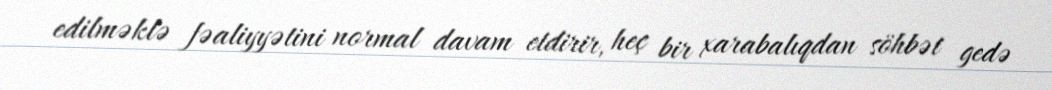
edilməklə fəaliyyətini normal davam etdirir, heç bir xarabalıqdan söhbət gedə